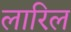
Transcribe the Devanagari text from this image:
लारिल